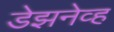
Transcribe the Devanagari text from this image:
डेझनेव्ह